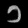
Digit: ၁